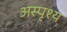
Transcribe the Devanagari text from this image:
अस्पृश्‍य